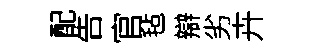
配告官毡辯劣卉